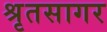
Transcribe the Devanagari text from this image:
श्रृतसागर